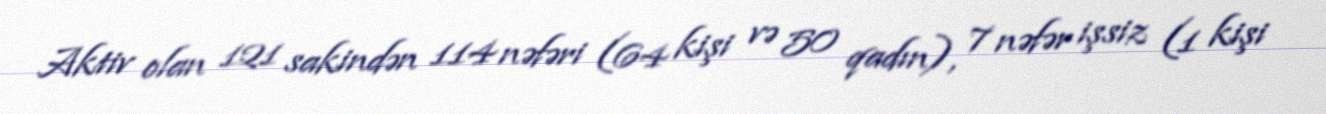
Aktiv olan 121 sakindən 114 nəfəri (64 kişi və 50 qadın), 7 nəfər işsiz (1 kişi